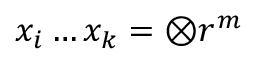
x _ { i } \ldots x _ { k } = \mathbf { \otimes } r ^ { m }